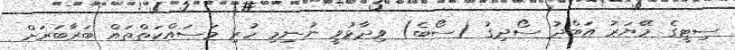
ސިޓީގެ މޭޔަރު އަބްދު ސޯދިގު (ސޯބެ) ވިދާޅުވީ ނުނިމި ހުރި މަސައްކަތްތައް ބަރާބަރަށް